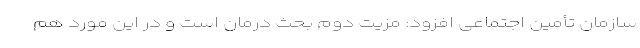
سازمان تأمین اجتماعی افزود: مزیت دوم بحث درمان است و در این مورد هم